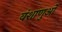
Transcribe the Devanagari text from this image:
वंशाणुओं